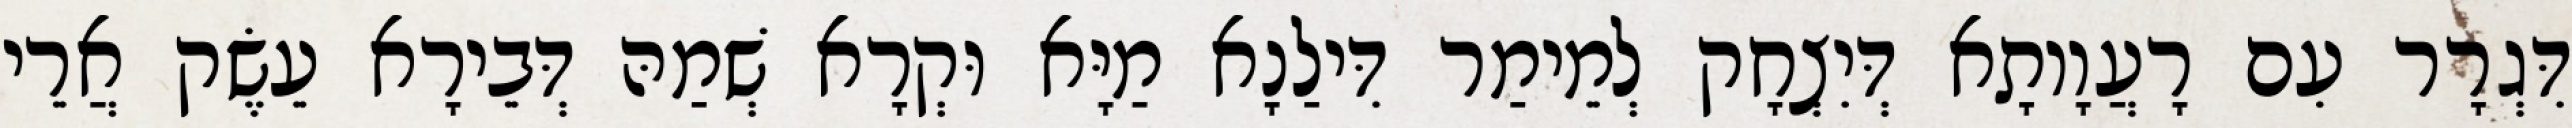
דִּגְרָר עִם רָעֲוָותָא דְּיִצְחָק לְמֵימַר דִּילַנָא מַיָּא וּקְרָא שְׁמַהּ דְּבֵירָא עֵשֶׂק אֲרֵי